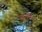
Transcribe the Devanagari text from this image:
आर्न्हेम